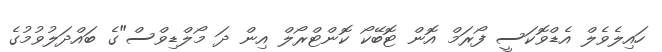
ހައިލެވެލް އެޑްވޮކަސީ ފޯރަމް އޮން ޓޮބޭކޯ ކޮންޓްރޯލް އިން ދަ މޯލްޑިވްސް"ގެ ބައްދަލުވުމުގެ